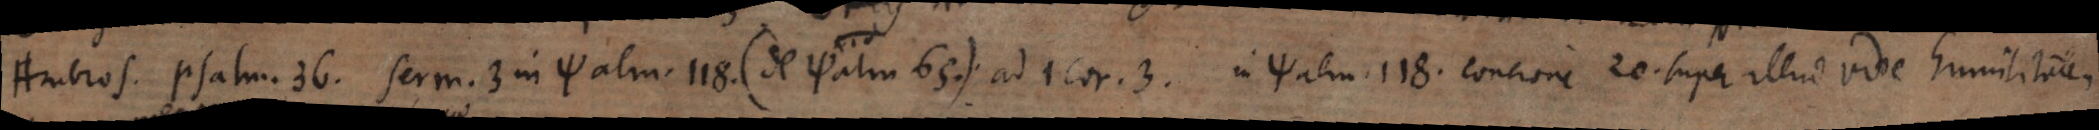
Ambros. psalm. 36; serm. 3 in Psalm. 118. (de psalm. 65.) ad 1. Cor. 3., in psalm. 118. Concione 20. super illud vide humilitatem